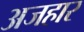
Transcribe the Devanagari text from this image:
अजहार